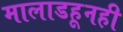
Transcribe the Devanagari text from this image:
मालाडहूनही